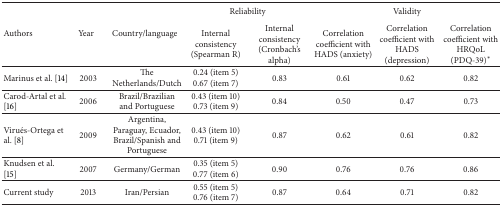
<table><thead><tr><td rowspan="2"><b>Authors</b></td><td rowspan="2"><b>Year</b></td><td rowspan="2"><b>Country/language</b></td><td colspan="2"><b>Reliability</b></td><td colspan="3"><b>Validity</b></td></tr><tr><td><b>Internal consistency (Spearman R)</b></td><td><b>Internal consistency (Cronbach's alpha)</b></td><td><b>Correlation coefficient with HADS (anxiety)</b></td><td><b>Correlation coefficient with HADS (depression)</b></td><td><b>Correlation coefficient with HRQoL (PDQ-39)*</b></td></tr></thead><tbody><tr><td>Marinus et al. [14]</td><td>2003</td><td>The Netherlands/Dutch</td><td>0.24 (item 5) 0.67 (item 7)</td><td>0.83</td><td>0.61</td><td>0.62</td><td>0.82</td></tr><tr><td>Carod-Artal et al. [16]</td><td>2006</td><td>Brazil/Brazilian and Portuguese</td><td>0.43 (item 10)0.73 (item 9)</td><td>0.84</td><td>0.50</td><td>0.47</td><td>0.73</td></tr><tr><td>Virués-Ortega et al. [8]</td><td>2009</td><td>Argentina, Paraguay, Ecuador, Brazil/Spanish and Portuguese</td><td>0.43 (item 10)0.71 (item 9)</td><td>0.87</td><td>0.62</td><td>0.61</td><td>0.82</td></tr><tr><td>Knudsen et al. [15]</td><td>2007</td><td>Germany/German</td><td>0.35 (item 5) 0.77 (item 6)</td><td>0.90</td><td>0.76</td><td>0.76</td><td>0.86</td></tr><tr><td>Current study</td><td>2013</td><td>Iran/Persian</td><td>0.55 (item 5) 0.76 (item 7)</td><td>0.87</td><td>0.64</td><td>0.71</td><td>0.82</td></tr></tbody></table>